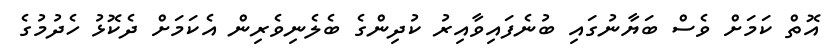
އޮތް ކަމަށް ވެސް ބަޔާނުގައި ބުނެފައިވާއިރު ކުދިންގެ ބެލެނިވެރިން އެކަމަށް ދެކޮޅު ހެދުމުގެ